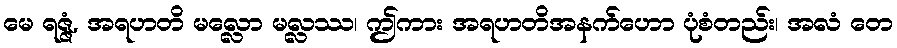
မေ ရဇ္ဇံ, အရဟတိ မလ္လော မလ္လဿ၊ ဤကား အရဟတိအနက်ဟော ပုံစံတည်း၊ အလံ တေ